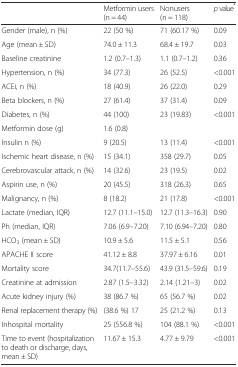
<table><thead><tr><td></td><td><b>Metformin users (n = 44)</b></td><td><b>Nonusers (n = 118)</b></td><td><b><i>p</i> value<sup>*</sup></b></td></tr></thead><tbody><tr><td>Gender (male), n (%)</td><td>22 (50 %)</td><td>71 (60.17 %)</td><td>0.09</td></tr><tr><td>Age (mean ± SD)</td><td>74.0 ± 11.3</td><td>68.4 ± 19.7</td><td>0.03</td></tr><tr><td>Baseline creatinine</td><td>1.2 (0.7–1.3)</td><td>1.1 (0.7–1.2)</td><td>0.36</td></tr><tr><td>Hypertension, n (%)</td><td>34 (77.3)</td><td>26 (52.5)</td><td>&lt;0.001</td></tr><tr><td>ACEi, n (%)</td><td>18 (40.9)</td><td>26 (22.0)</td><td>0.29</td></tr><tr><td>Beta blockers, n (%)</td><td>27 (61.4)</td><td>37 (31.4)</td><td>0.09</td></tr><tr><td>Diabetes, n (%)</td><td>44 (100)</td><td>23 (19.83)</td><td>&lt;0.001</td></tr><tr><td>Metformin dose (g)</td><td>1.6 (0.8)</td><td></td><td></td></tr><tr><td>Insulin n (%)</td><td>9 (20.5)</td><td>13 (11.4)</td><td>&lt;0.001</td></tr><tr><td>Ischemic heart disease, n (%)</td><td>15 (34.1)</td><td>358 (29.7)</td><td>0.05</td></tr><tr><td>Cerebrovascular attack, n (%)</td><td>14 (32.6)</td><td>23 (19.5)</td><td>0.02</td></tr><tr><td>Aspirin use, n (%)</td><td>20 (45.5)</td><td>318 (26.3)</td><td>0.65</td></tr><tr><td>Malignancy, n (%)</td><td>8 (18.2)</td><td>21 (17.8)</td><td>&lt;0.001</td></tr><tr><td>Lactate (median, IQR)</td><td>12.7 (11.1–15.0)</td><td>12.7 (11.3–16.3)</td><td>0.90</td></tr><tr><td>Ph (median, IQR)</td><td>7.06 (6.9–7.20)</td><td>7.10 (6.94–7.20)</td><td>0.80</td></tr><tr><td>HCO<sub>3</sub> (mean ± SD)</td><td>10.9 ± 5.6</td><td>11.5 ± 5.1</td><td>0.56</td></tr><tr><td>APACHE II score</td><td>41.12 ± 8.8</td><td>37.97 ± 6.16</td><td>0.01</td></tr><tr><td>Mortality score</td><td>34.7(11.7–55.6)</td><td>43.9 (31.5–59.6)</td><td>0.19</td></tr><tr><td>Creatinine at admission</td><td>2.87 (1.5–3.32)</td><td>2.14 (1.21–3)</td><td>0.02</td></tr><tr><td>Acute kidney injury (%)</td><td>38 (86.7 %)</td><td>65 (56.7 %)</td><td>0.02</td></tr><tr><td>Renal replacement therapy (%)</td><td>(38.6 %) 17</td><td>25 (21.2 %)</td><td>0.13</td></tr><tr><td>Inhospital mortality</td><td>25 (556.8 %)</td><td>104 (88.1 %)</td><td>&lt;0.001</td></tr><tr><td>Time to event (hospitalization to death or discharge, days, mean ± SD)</td><td>11.67 ± 15.3</td><td>4.77 ± 9.79</td><td>&lt;0.001</td></tr></tbody></table>